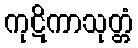
ကုဋိကာသုတ္တံ